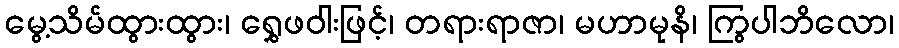
မွေ့သိမ်ထွားထွား၊ ရွှေဖဝါးဖြင့်၊ တရားရာဇာ၊ မဟာမုနိ၊ ကြွပါဘိလော၊